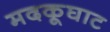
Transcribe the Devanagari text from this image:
मदकूघाट